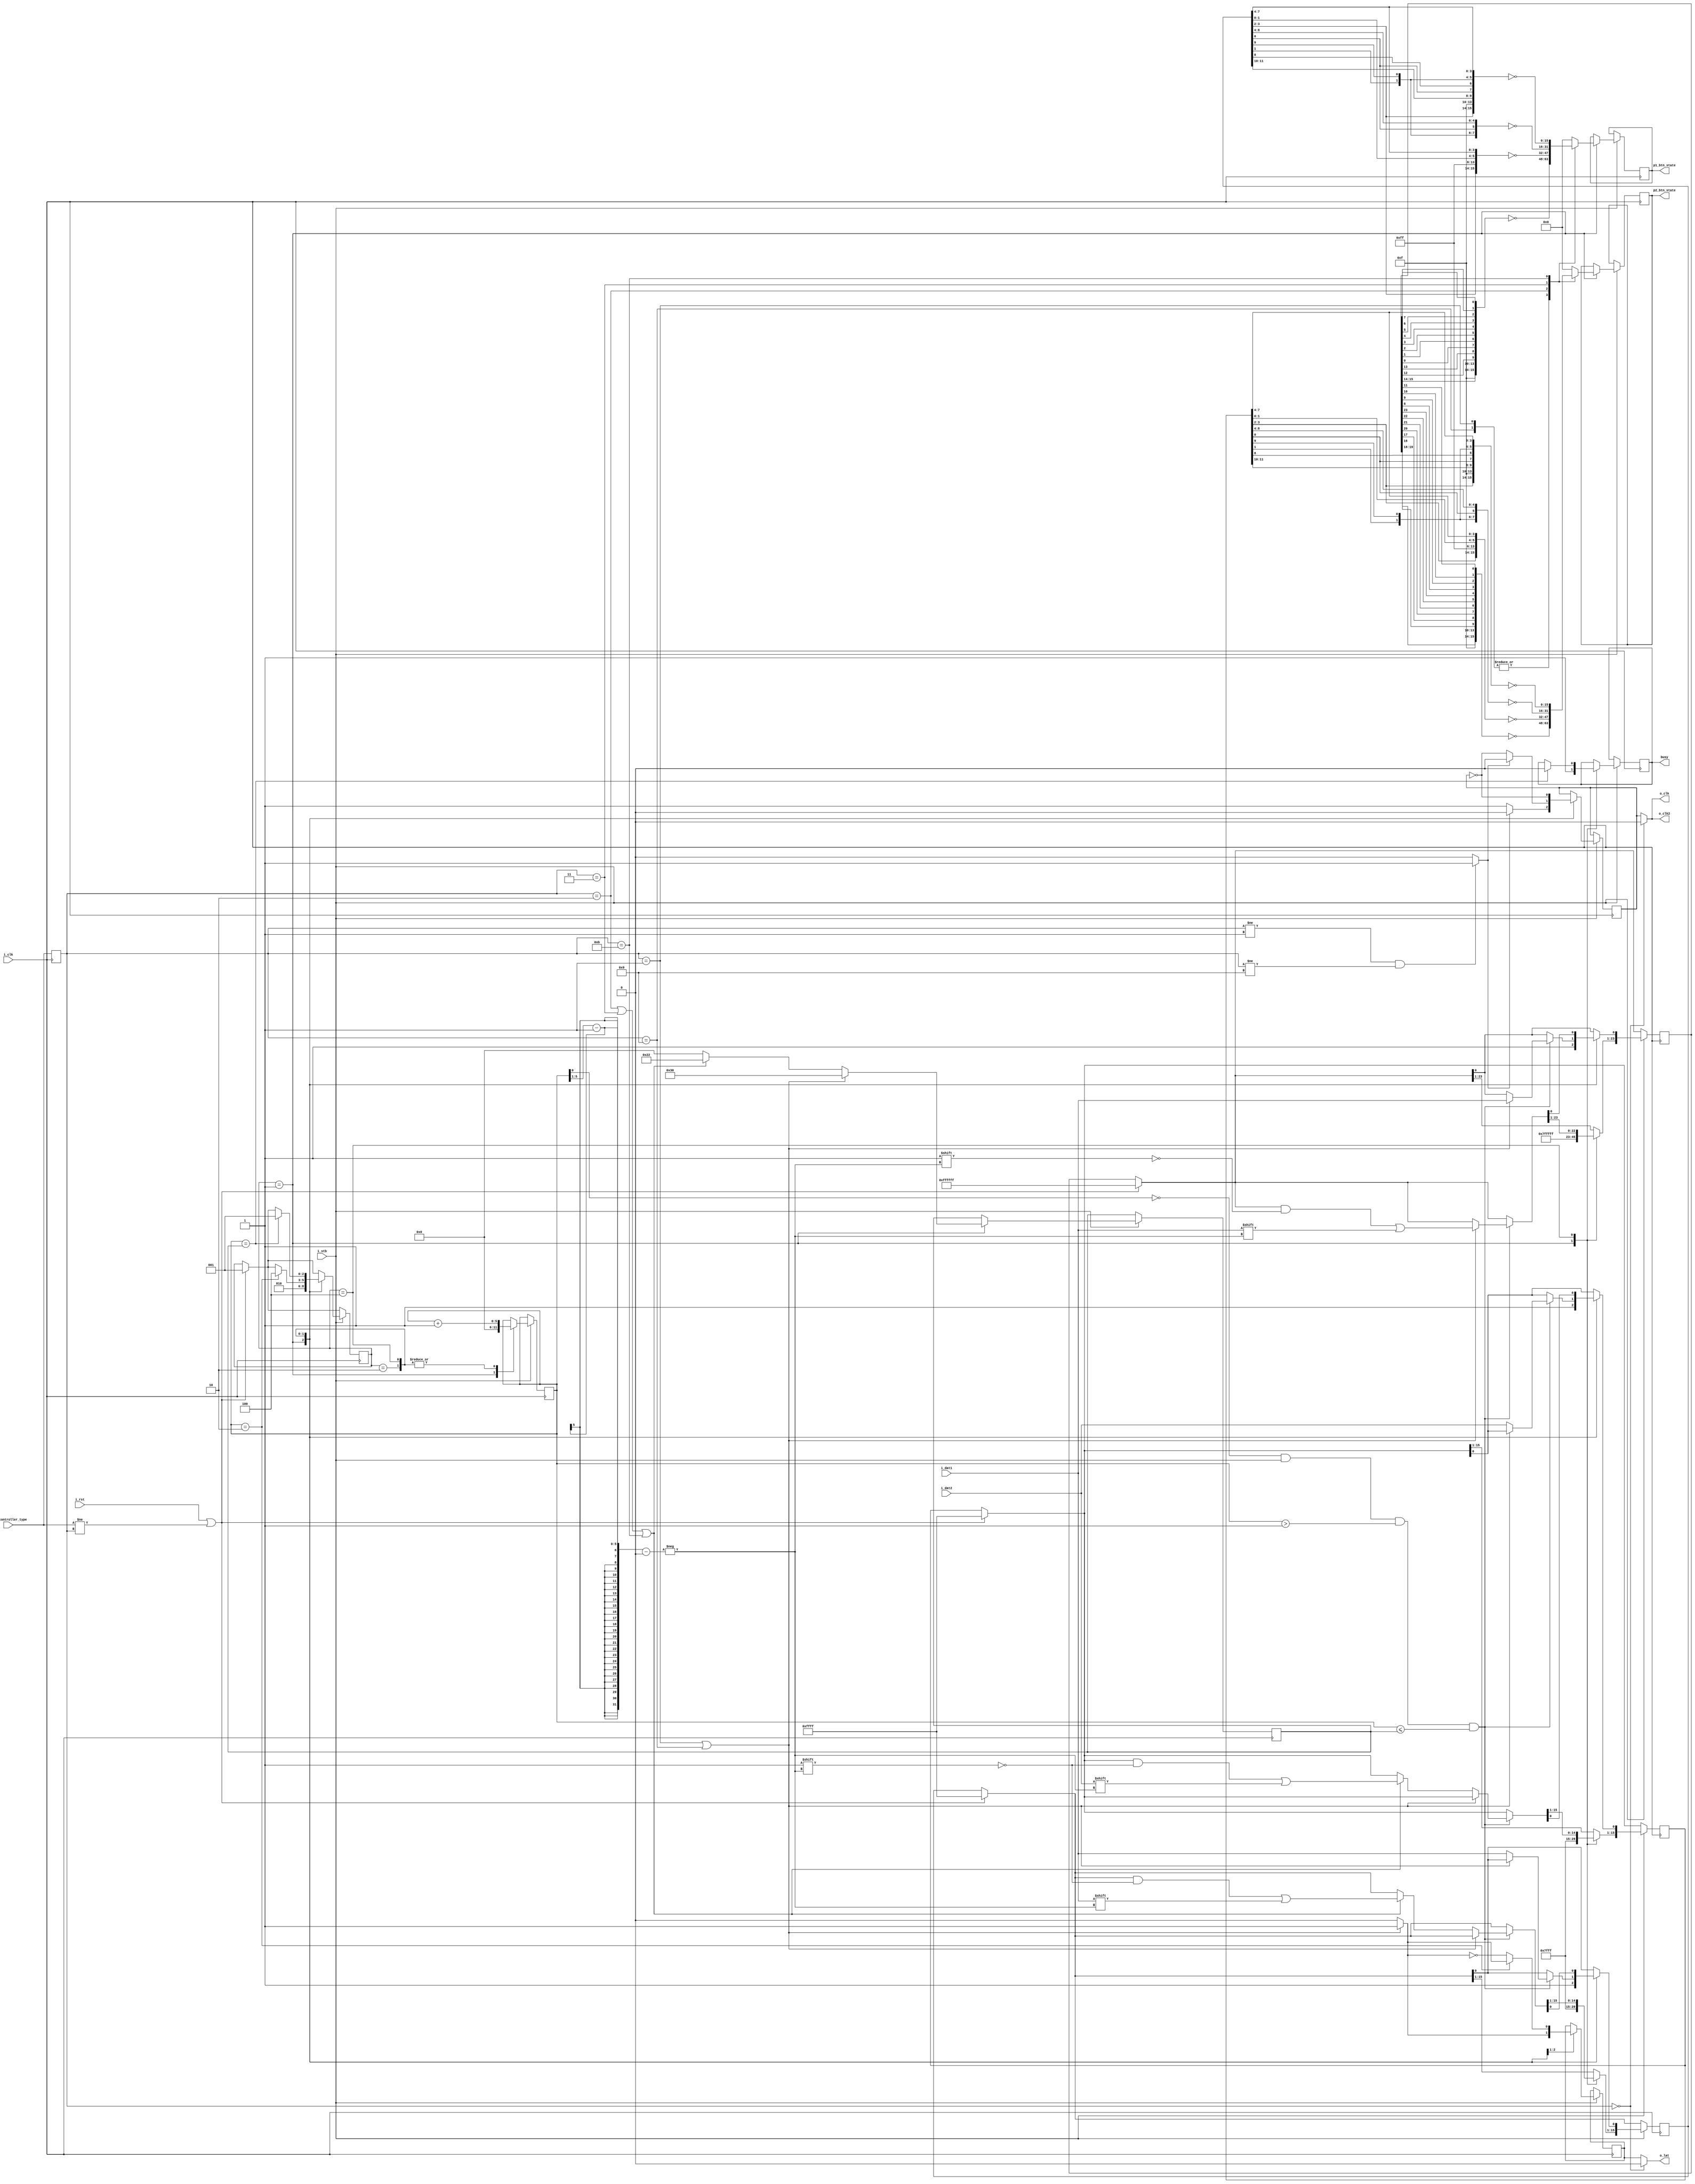
//**************************************************************
//* Analogizer SNAC openFPGA interface for the Analogue Pocket *
//**************************************************************
// By @RndMnkIII. 
// Release: 1.0

// Aqu he documentado el funcionamiento de los diferentes mandos de juegos a los que he ido dando soporte, basado en las capturas de datos
// realizadas con analizador lgico + generador de patrones:
//
// ********
// * DB15 * Tested up 1MHz
// ********
//         
// STB    | 0 | 1 | 2 | 3 | 4 | 5 | 6 | 7 | 8 | 9 |10 |11 |12 |13 |14 |15 |16 |17 |18 |19 |20 |21 |22 |23 |24 |25 |26 |27 |28 |29 |30 |31 |32 |33 |34 |35 |36 |37 |38 |39 |40 |41 |42 |43 |44 |45 |46 |47 |48 |49 |   
//        ____         ___________________________________________________________________________________________________________________________________________________________________________________________
// LATCH      \_______/   
//         ___     ___     ___     ___     ___     ___     ___     ___     ___     ___     ___     ___     ___     ___     ___     ___     ___     ___     ___     ___     ___     ___     ___     ___     ___     
// CLK    /   \___/   \___/   \___/   \___/   \___/   \___/   \___/   \___/   \___/   \___/   \___/   \___/   \___/   \___/   \___/   \___/   \___/   \___/   \___/   \___/   \___/   \___/   \___/   \___/   \___
//         ___ ___________ _______ _______ _______ _______ _______ _______ _______ _______ _______ _______ _______ _______ _______ _______ _______ _______ _______ _______ _______ _______ _______ _______ _______ 
// DATA   /   \   P1 D    X P1 C  X P1 B  X P1 A  X P1 RG X P1 LF X P1 DW X P1 UP X P2 RG X P2 LF X P2 DW X P2 UP X P1 F  X P1 E  X P1 SELX P1 ST X  P2 F X P2 E  X P2 SELX P2 ST X P2 D  X P2 C  X P2B   X P2 A  
//                    ^       ^       ^       ^       ^       ^       ^       ^       ^       ^       ^       ^       ^       ^       ^       ^       ^       ^       ^       ^       ^       ^       ^       ^
// SAMPLE             |       |       |       |       |       |       |       |       |       |       |       |       |       |       |       |       |       |       |       |       |       |       |       |
//                    1       2       3       4       5       6       7       8       9       10      11      12      13      14      15      16      17      18      19      20      21      22      23      24   
// TEST DATA 1        1       0       1       0       1       0       1       0       1       0       1       0       1       0       1       0       1       0       1       0       1       0       1       0
// TEST DATA 2        0       1       0       1       0       1       0       1       0       1       0       1       0       1       0       1       0       1       0       1       0       1       0       1
// POCKET INPUTS                                                                                                                                                                                                  
// 1  P1 up                                                                   X
// 0  P1 down                                                         X
// 1  P1 left                                                 X
// 0  P1 right                                        X 
// 0  P1 y            X
// 1  P1 x                    X  
// 0  P1 b                            X
// 1  P1 a                                    X
// 1  P1 l1                                                                                                                   X
// 0  P1 r1                                                                                                            X
// 0  P1 l2           -----------------------------------------------------------------------------------------------------------------------------------------------------------------------------------------
// 0  P1 r2           -----------------------------------------------------------------------------------------------------------------------------------------------------------------------------------------
// 0  P1 l3           -----------------------------------------------------------------------------------------------------------------------------------------------------------------------------------------
// 0  P1 r3           -----------------------------------------------------------------------------------------------------------------------------------------------------------------------------------------
// 0  P1 select                                                                                                                       X
// 1  P1 start                                                                                                                                X
// 1  P2 up                                                                                                   X       
// 0  P2 down                                                                                         X   
// 1  P2 left                                                                                 X  
// 0  P2 right                                                                        X
// 0  P2 y                                                                                                                                                                           X
// 1  P2 x                                                                                                                                                                                   X
// 0  P2 b                                                                                                                                                                                           X  
// 1  P2 a                                                                                                                                                                                                  X 
// 1  P2 l1                                                                                                                                                    X    
// 0  P2 r1                                                                                                                                             X
// 0  P2 l2            -----------------------------------------------------------------------------------------------------------------------------------------------------------------------------------------
// 0  P2 r2            -----------------------------------------------------------------------------------------------------------------------------------------------------------------------------------------
// 0  P2 l3            -----------------------------------------------------------------------------------------------------------------------------------------------------------------------------------------
// 0  P2 r3            -----------------------------------------------------------------------------------------------------------------------------------------------------------------------------------------
// 0  P2 select                                                                                                                                                      X 
// 1  P2 start                                                                                                                                                              X
//P1 1010 0101 1000 0001
//      A    5    8    1 
//P2 1010 0101 1000 0001
//      A    5    8    1 
//gtkwave
//p1 1010 0101 1000 0001
//    A581
//p2 1010 0101 1000 0001
//    A581
//          x
//   1111111
//   6543210987654321 
// ********
// * NES *  Tested up 1MHz
// ********
// STB    | 0 | 1 | 2 | 3 | 4 | 5 | 6 | 7 | 8 | 9 |10 |11 |12 |13 |14 |15 |16 |17 |18 |19 |20 |21 |22 |23 |24 |25 |26 |27 |28 |29 |30 |31 |32 |33 |34 |35 |
//             _______
// LATCH  ____/       \___________________________________________________________________________________________________________________________________
//                .....    ___     ___     ___     ___     ___     ___     ___     ___     ___     ___     ___     ___     ___     ___     ___     ___      
// CLK    ________.___.___/   \___/   \___/   \___/   \___/   \___/   \___/   \___/   \___/   \___/   \___/   \___/   \___/   \___/   \___/   \___/   \___
//        ____ ___________ _______ _______ _______ _______ _______ _______ _______ _______________________________________________________________________
// DATA       \  BTN A    X BTN B X SELECTX START X  UP   X DOWN  X LEFT  X RIGHT / 
//                    ^       ^       ^       ^       ^       ^       ^       ^       ^       ^       ^       ^       ^       ^       ^       ^       ^    
// SAMPLE             |       |       |       |       |       |       |       |       |       |       |       |       |       |       |       |       |     
//                    0       1       2       3       4       5       6       7       8       9       10      11      12      13      14      15      16     
// POCKET INPUTS                                                                                                                                                                                                  
// P1 P2
//  0  1 P1 up                                        X
//  1  0 P1 down                                              X
//  0  1 P1 left                                                      X
//  1  0 P1 right                                                             X
//  0  0 P1 y         ------------------------------------------------------------------------------------------------------------------------------------
//  0  0 P1 x         ------------------------------------------------------------------------------------------------------------------------------------  
//  1  0 P1 b                 X
//  0  1 P1 a         X
//  0  0 P1 l1        ------------------------------------------------------------------------------------------------------------------------------------
//  0  0 P1 r1        ------------------------------------------------------------------------------------------------------------------------------------
//  0  0 P1 l2        ------------------------------------------------------------------------------------------------------------------------------------
//  0  0 P1 r2        ------------------------------------------------------------------------------------------------------------------------------------
//  0  0 P1 l3        ----------------------------------------------------------------------------------------------------------------------------------
//  0  0 P1 r3        ------------------------------------------------------------------------------------------------------------------------------------
//  0  1 P1 select                    X
//  1  0 P1 start                             X
// P1 0101 0010 0000 0001         <-  0101_0101 B START DOWN RIGHT
//       5    2    0    1
// P2 1010 0001 0000 0010         <-  1010_1010 A SELECT UP LEFT
//       A    1    0    2
//    1111111
//    6543210987654321 
//gtkwave
// P1 5201
// P2 A102
//
// ********
// * SNES * Tested up 200KHz
// ********
// STB    | 0 | 1 | 2 | 3 | 4 | 5 | 6 | 7 | 8 | 9 |10 |11 |12 |13 |14 |15 |16 |17 |18 |19 |20 |21 |22 |23 |24 |25 |26 |27 |28 |29 |30 |31 |32 |33 |34 |35 |
//             _______
// LATCH  ____/       \___________________________________________________________________________________________________________________________________ 
//                .....    ___     ___     ___     ___     ___     ___     ___     ___     ___     ___     ___     ___     ___     ___     ___     ___      
// CLK    ________.___.___/   \___/   \___/   \___/   \___/   \___/   \___/   \___/   \___/   \___/   \___/   \___/   \___/   \___/   \___/   \___/   \___  
//             __ _________ _______ _______ _______ _______ _______ _______ _______ _______ _______ _______ _______ _______ _______ _______ _______  
// DATA   ___ /  \ BTN_B   X BTN_Y X SEL   X START X  UP   X DOWN  X LEFT  X RIGHT X BTN_A X BTN_X X TG_L  X TG_R  X   H   X   H   X   H   X   H   \______ 
//                    ^       ^       ^       ^       ^       ^       ^       ^       ^       ^       ^       ^       ^       ^       ^       ^       ^      
// SAMPLE             |       |       |       |       |       |       |       |       |       |       |       |       |       |       |       |       |     
//                    0       1       2       3       4       5       6       7       8       9       10      11      12      13      14      15      16    
// POCKET INPUTS                                                                                                                                                                                                   
// 0 P1 up                                            X                                                                                                   
// 1 P1 down                                                  X                                                                                            
// 2 P1 left                                                          X                                                                                       
// 3 P1 right                                                                 X                                                                                
// 4 P1 y                     X                                                                                                                                 
// 5 P1 x                                                                                     X                                                               
// 6 P1 b             X                                                                                                                                       
// 7 P1 a                                                                             X                                                                     
// 8 P1 l1                                                                                            X                                                        
// 9 P1 r1                                                                                                    X                                                  
//10 P1 l2            ------------------------------------------------------------------------------------------------------------------------------------
//11 P1 r2            ------------------------------------------------------------------------------------------------------------------------------------
//12 P1 l3            ------------------------------------------------------------------------------------------------------------------------------------
//13 P1 r3            ------------------------------------------------------------------------------------------------------------------------------------
//14 P1 select                        X
//15 P1 start                                 X
`default_nettype none

module serlatch_game_controller #(parameter MASTER_CLK_FREQ=53_600_000)
(
    input wire i_clk,
	input wire i_rst,
    input wire [3:0] game_controller_type, //0x0 DISABLED, 0x1 DB15, 0x2 NES, 0x3 SNES, 0x9 DB15 Fast, 0xB SNES SWAP A,B<->X,Y
    input wire i_stb,
    output reg [15:0] p1_btn_state,
    output reg [15:0] p2_btn_state,
    output reg busy,

    //SNAC Game controller interface
    output wire o_clk, //for  controller 1
    output wire o_clk2, //for  controller 2
    output wire o_lat, //shared for 2 controllers
    input wire i_dat1, //data from controller 1
    input wire i_dat2 //data from controller 2
);
    //FSM states
    parameter IDLE  = 3'b001;
    parameter LATCH = 3'b010;
    parameter DATA  = 3'b100;

    //store module settings
    reg [3:0] game_controller_type_r;
    reg [2:0] state = IDLE;

    reg [5:0] counter;
    //reg [4:0] btn_cnt;
    reg [5:0] counter_top_value;
    reg latch_internal;
    reg clk_internal;
    reg [23:0] bstat_r;
    reg [15:0] p1b_r;
    reg [15:0] p2b_r;

    wire latch_level /* synthesis keep */;
    wire disable_clock_on_latch /* synthesis keep */;
    wire sample_data /* synthesis keep */;

    //always sample data at falling edge of o_clk starting and second clock pulse in latch phase.
    assign sample_data = ~counter[0] && i_stb && (counter > 1) && (counter <= counter_top_value);


    always @(posedge i_clk) begin
        //detect reset or any change on gamepad configuration and restart FSM at IDLE state.
        if(i_rst || (game_controller_type != game_controller_type_r)) begin
            state <= IDLE;
            //clear internal register button state
            p1b_r <= 16'hffff;
            p2b_r <= 16'hffff;
            bstat_r <= 24'hffffff;
        end

        game_controller_type_r <= game_controller_type;
        
        if(i_stb) begin
            case(state)
            IDLE:
                begin
                    //fetch data from last read
                    //set button status output
                        case(game_controller_type_r)
							4'h0: begin //DISABLED
                                p1_btn_state = 16'd0;
                                p2_btn_state = 16'd0;
							end
                            4'h1,4'h9: begin //DB15, DB15 FAST
                                // Pocket logic button order:
                                // [0]     dpad_up
                                // [1]     dpad_down
                                // [2]     dpad_left
                                // [3]     dpad_right
                                // [4]     face_a
                                // [5]     face_b
                                // [6]     face_x
                                // [7]     face_y
                                // [8]     trig_l1
                                // [9]     trig_r1
                                // [10]    trig_l2
                                // [11]    trig_r2
                                // [12]    trig_l3
                                // [13]    trig_r3
                                // [14]    face_select
                                // [15]    face_start      

                                //SNAC DB15 adapter button order from first to last
                                //  0   1   2   3   4   5   6   7   8   9  10  11  12  13    14   15  16  17    18   19  20  21  22  23 
                                //P1D,P1C,P1B,P1A,P1R,P1L,P1D,P1U,P2R,P2L,P2D,P2U,P1F,P1E,P1SEL,P1ST,P2F,P2E,P2SEL,P2ST,P2D,P2C,P2B,P2A
                                //follow Pocket game controls order:
                                //PLAYER1         START        SELECT       R3 L3 R2 L2     R1           L1           Y           X           B           A           RIGH        LEFT        DOWN        UP 
                                p1_btn_state <= ~{bstat_r[15], bstat_r[14], 4'b1111,        bstat_r[12], bstat_r[13], bstat_r[0], bstat_r[1], bstat_r[2], bstat_r[3], bstat_r[4], bstat_r[5], bstat_r[6], bstat_r[7]};

                                //PLAYER2         START        SELECT       R3 L3 R2 L2     R1           L1           Y            X            B            A            RIGH        LEFT        DOWN         UP
                                p2_btn_state <= ~{bstat_r[19], bstat_r[18], 4'b1111,        bstat_r[16], bstat_r[17], bstat_r[20], bstat_r[21], bstat_r[22], bstat_r[23], bstat_r[8], bstat_r[9], bstat_r[10], bstat_r[11]};
                            end
                            4'h2: begin //NES
                                //SNAC NES adapter button order from first to last
                                //  0   1   2   3   4   5   6   7   8   9  10  11  12 13 14 15
                                //  A   B SEL  ST  UP  DW  LF  RG   H   H   H   H   H  H  H  H

                                //follow Pocket game controls order:
                                //                START    SELECT        R3        L3     R2     L2     R1     L1    Y         X         B         A        RIGHT    LEFT     DOWN     UP
                                p1_btn_state <= ~{p1b_r[3],p1b_r[2],     1'b1,     1'b1,  1'b1,  1'b1,  1'b1,  1'b1, 1'b1,     1'b1,     p1b_r[1], p1b_r[0],p1b_r[7],p1b_r[6],p1b_r[5],p1b_r[4]};
                                p2_btn_state <= ~{p2b_r[3],p2b_r[2],     1'b1,     1'b1,  1'b1,  1'b1,  1'b1,  1'b1, 1'b1,     1'b1,     p2b_r[1], p2b_r[0],p2b_r[7],p2b_r[6],p2b_r[5],p2b_r[4]};
                            end
                            4'h3: begin //SNES
                                //SNAC SNES adapter button order from first to last
                                //  0   1   2   3   4   5   6   7   8   9  10  11  12 13 14 15
                                //  B   Y SEL  ST  UP  DW  LF  RG   A   X  LT  LR   H  H  H  H

                                //follow Pocket game controls order:
                                //                START    SELECT   R3     L3     R2     L2    R1         L1         Y         X         B         A        RIGHT    LEFT     DOWN      UP
                                p1_btn_state <= ~{p1b_r[3],p1b_r[2],1'b1,  1'b1,  1'b1,  1'b1, p1b_r[11], p1b_r[10], p1b_r[1], p1b_r[9], p1b_r[0], p1b_r[8],p1b_r[7],p1b_r[6], p1b_r[5],p1b_r[4]};
                                p2_btn_state <= ~{p2b_r[3],p2b_r[2],1'b1,  1'b1,  1'b1,  1'b1, p2b_r[11], p2b_r[10], p2b_r[1], p2b_r[9], p2b_r[0], p2b_r[8],p2b_r[7],p2b_r[6], p2b_r[5],p2b_r[4]};

                            end
                            4'hB: begin //SNES SWAP A,B <-> X,Y
                                //SNAC SNES adapter button order from first to last
                                //  0   1   2   3   4   5   6   7   8   9  10  11  12 13 14 15
                                //  B   Y SEL  ST  UP  DW  LF  RG   A   X  LT  LR   H  H  H  H

                                //follow Pocket game controls order:
                                //                START    SELECT   R3     L3     R2     L2    R1         L1         Y         X         B         A        RIGHT    LEFT     DOWN      UP
                                p1_btn_state <= ~{p1b_r[3],p1b_r[2],1'b1,  1'b1,  1'b1,  1'b1, p1b_r[11], p1b_r[10], p1b_r[0], p1b_r[8], p1b_r[1], p1b_r[9],p1b_r[7],p1b_r[6], p1b_r[5],p1b_r[4]};
                                p2_btn_state <= ~{p2b_r[3],p2b_r[2],1'b1,  1'b1,  1'b1,  1'b1, p2b_r[11], p2b_r[10], p2b_r[0], p2b_r[8], p2b_r[1], p2b_r[9],p2b_r[7],p2b_r[6], p2b_r[5],p2b_r[4]};

                            end
                            default:
                            begin //disabled
                            	p1_btn_state <= 16'd0;
								p2_btn_state <= 16'd0;                          
							end
                        endcase

                    //init counter and set initial LAT,CLK values on IDLE state
                    counter <= 6'd0;

					counter_top_value <= 6'd0;
					if     ((game_controller_type_r == 4'h1) || (game_controller_type_r == 4'h9))                                     counter_top_value <= 6'd48;
					else if((game_controller_type_r == 4'h2) || (game_controller_type_r == 4'h3) || (game_controller_type_r == 4'hB)) counter_top_value <= 6'd34;

                    latch_internal <= latch_level;
                    clk_internal <= disable_clock_on_latch ? 1'b0 : 1'b1; 
                    state <= LATCH;
                    busy <= 1'b1;
                    p1b_r <= 16'hffff;
                    p2b_r <= 16'hffff;
                    bstat_r <= 24'hffffff;
                end
            LATCH:
                begin
                    counter <= counter + 6'd1;
                    latch_internal <= ~latch_level;
                    clk_internal <= disable_clock_on_latch ? 1'b0 : ~clk_internal; 
                    
                    //first sample of data is available in LATCH phase.
                    if(sample_data) begin//read button state
                        if((game_controller_type_r == 4'h1) || (game_controller_type_r == 4'h9))  begin //if is selected DB15,DB15 FAST all button state is store in one 24bit register
                            bstat_r[0] <= i_dat1; //3->0, 5->1, 7->2, 9->3, ...
                            // $display("DB15 [LATCH] BTN_CNT:%d  i_dat1:%d", btn_cnt, i_dat1);
                        end
                        else begin
                            p1b_r[0] <= i_dat1;
                            p2b_r[0] <= i_dat2;
                        end
                    end

                    if(counter == 6'd2) begin 
                        state <= DATA; 
                        latch_internal <= latch_level;
                    end
                end
            DATA:
                begin
                    counter <= counter + 6'd1; //should be start clocking at 3
                    clk_internal <= ~clk_internal; 
                    //following data samples are get in DATA phase.
                    if(sample_data) begin//read button state
                        if((game_controller_type_r == 4'h1) || (game_controller_type_r == 4'h9) ) begin //if is selected DB15,DB15 FAST all button state is store in one 24bit register
                            bstat_r[((counter>>1)-1)] <= i_dat1; //3->0, 5->1, 7->2, 9->3, ...
                            //$display("DB15 [DATA] BTN_CNT:%d  i_dat1:%d r_dat[%d]:%d", btn_cnt, i_dat1, btn_cnt,bstat_r[btn_cnt]);
                        end
                        else if((game_controller_type_r == 4'h2) || (game_controller_type_r == 4'h3)  || (game_controller_type_r == 4'hB)) begin
                            p1b_r[((counter>>1)-1)] <= i_dat1;
                            p2b_r[((counter>>1)-1)] <= i_dat2;
                        end
                    end

                    //the gamepads buton state are fetched at the end of DATA phase
                    if(counter == counter_top_value) begin
                        state <= IDLE;
                        busy <= 1'b0;
                    end  
                end        
            endcase       
        end    
    end

    //the DB15 SNAC interface uses active LOW latch signal, NES,SNES use active HIGH latch:
    //                -----   ------  ...
    //DB15 LATCH          |___|          
    //
    //                     ___  
    //NES,SNES LATCH _____|   |_____  ...

    assign latch_level = ((game_controller_type_r == 4'h1) || (game_controller_type_r == 4'h9))  ? 1'b1 : 1'b0; //DB15, DB15 FAST

    //the NES,SNES SNAC interfaces disable clock signal while are in LATCH phase
    //but internally the falling edge CLK is used for sample the button state
    //             ___  
    //LATCH ______|   |_________ ... 
    //       _           _   _ 
    //o_clk | |_________| |_| |_ ...
    //       _   _   _   _   _ 
    //CLK   | |_|X|_|X|_| |_| |_ ...
    //       ... 1 2 3 4 5 6 7 8 ...
    assign disable_clock_on_latch = ((game_controller_type_r != 4'h1) && (game_controller_type_r != 4'h9)) ? 1'b1 : 1'b0; //en caso de que sea controlador NES,SNES

    //counter values: 36 for NES,SNES, 50 for DB15
    assign o_clk  = (game_controller_type_r == 4'h0) ? 1'b0 : clk_internal;
    assign o_clk2 = (game_controller_type_r == 4'h0) ? 1'b0 : clk_internal;
    assign o_lat  = (game_controller_type_r == 4'h0) ? 1'b0 : latch_internal;
endmodule